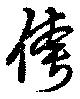
誇